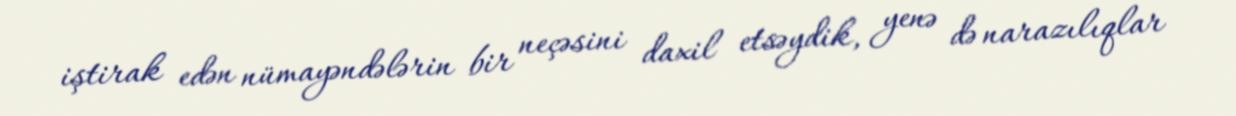
iştirak edən nümayəndələrin bir neçəsini daxil etsəydik, yenə də narazılıqlar